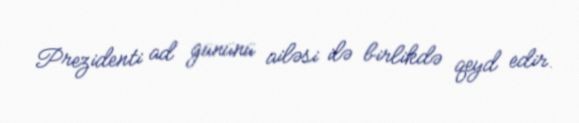
Prezidenti ad gününü ailəsi ilə birlikdə qeyd edir.